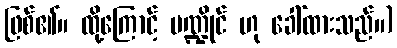
ဖြစ်၏။ ထို့ကြောင့် မဏ္ဍိုင် ဟု ခေါ်ထားသည်။)